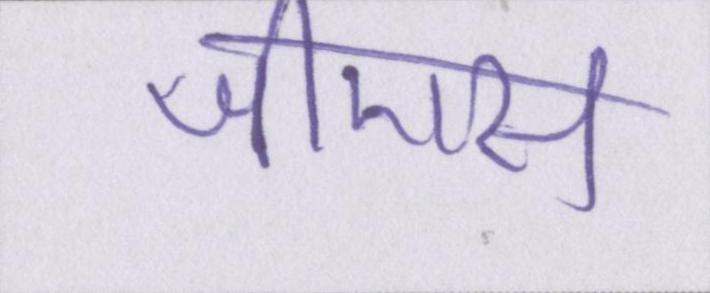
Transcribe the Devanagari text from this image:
जीएस